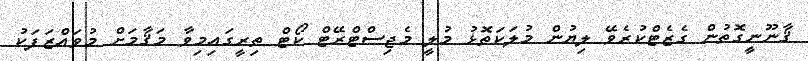
ޤާނޫނީގޮތުން ގެޒެޓްކުރެވޭ ލިޔުން މުލަކަތޮޅު މުލީ މެޖިސްޓްރޭޓް ކޯޓް ތިރީގައިމިވާ މަޤާމަށް މުވައްޒަފަކު